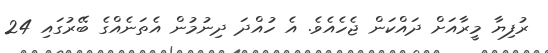
ރުފިޔާ މީރާއަށް ދައްކަން ޖެހެއެވެ. އެ ހުއްދަ ދިނުމުން އެތަނެއްގެ ބޭރުގައި 24